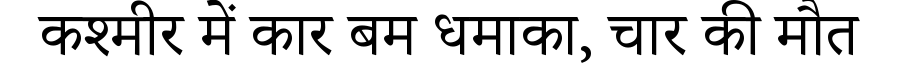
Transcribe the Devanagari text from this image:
कश्मीर में कार बम धमाका, चार की मौत